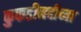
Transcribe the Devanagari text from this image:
कुकडीनदीच्या